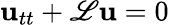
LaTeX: \mathbf{u}_{tt}+\mathscr{{L}}\mathbf{u}=0